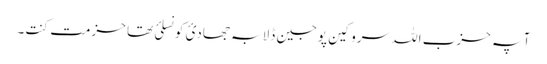
آ پہ حزب اللہ سروکین پوجین ڈلا بہ جھادئ کونسلئ تھا حزمت کنت۔